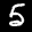
Label: 5